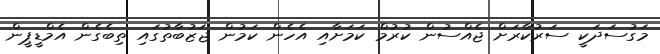
މަގުސަދަކީ ސަރުކާރަށް ޖެއްސުން ކުރުމް ކަމަށާއި އެހެން ކަމުން ޖަޒުބާތުގައި ތިބެގެން އެމްޑީޕީން